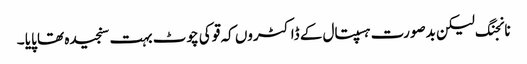
نانجنگ لیکن بدصورت ہسپتال کے ڈاکٹروں کہ قو کی چوٹ بہت سنجیدہ تھا پایا ۔